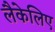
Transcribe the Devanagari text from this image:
लैकेलिए